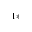
^ { 1 \ast }